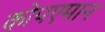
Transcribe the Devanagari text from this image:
कोपएमान